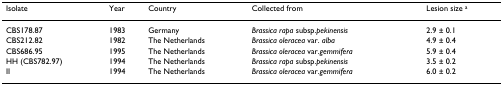
| Isolate | Year | Country | Collected from | Lesion size a |
 | --- | --- | --- | --- | --- |
 | CBS178.87 | 1983 | Germany | Brassica rapa subsp.pekinensis | 2.9 ± 0.1 |
 | CBS212.82 | 1982 | The Netherlands | Brassica oleracea var. alba | 4.9 ± 0.4 |
 | CBS686.95 | 1995 | The Netherlands | Brassica oleracea var.gemmifera | 5.9 ± 0.4 |
 | HH (CBS782.97) | 1994 | The Netherlands | Brassica rapa subsp.pekinensis | 3.5 ± 0.2 |
 | II | 1994 | The Netherlands | Brassica oleracea var.gemmifera | 6.0 ± 0.2 |